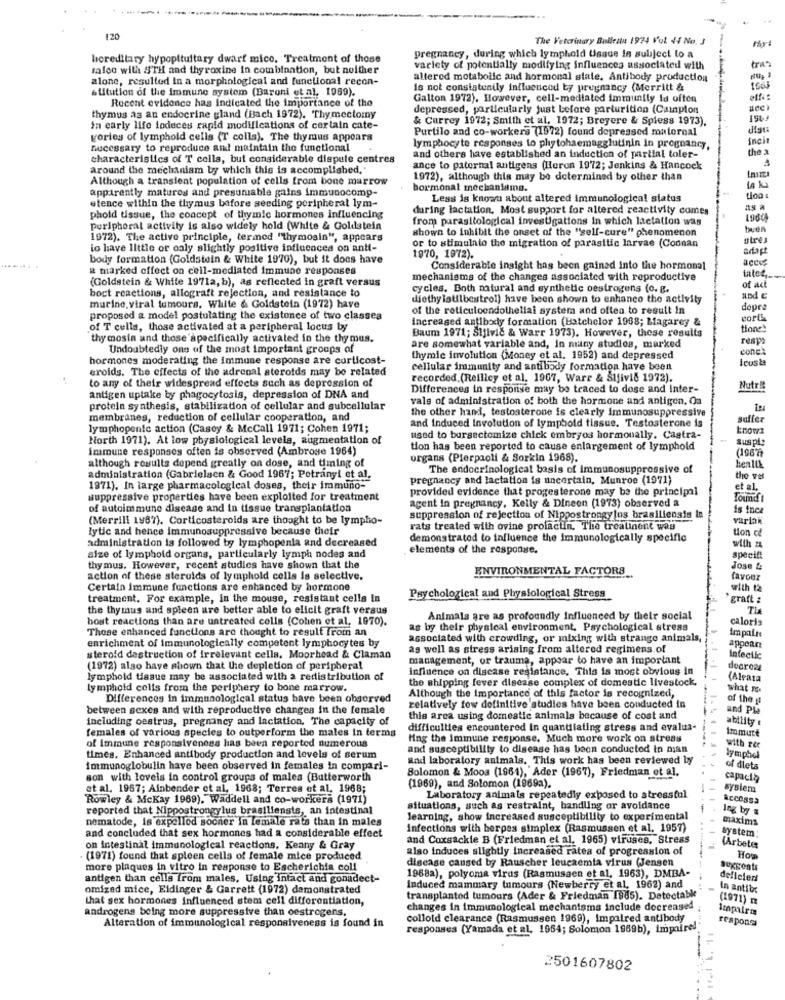
120
The Veterinary Bullesta 1974 Vol +4 No. J
hereditary hypopituitary dwarf mice. Treatment of those
pregnancy, during which lymphold Usase in subject to a
tran
talco with STH and thyroxine In combination, but neither
variety of potentially modifying influences associated with
alone, resulted in a morphological and functional recon-
altered metabolic and hormonal state. Antibody production
stitution of the immune system (Baroni et al, 1959).
Is not consistently influenced by pregnancy (Merritt &
Recent evidence has indicated the importance of the
Galton 1972). However, cell-mediated immunity fu offen
depressed, particularly just before parturition (Campion
thymus as an endocrine gland (Bach 1972). Thymectomy
& Currey 1972; Smith et al, 1972; Breyere & Spiess 1973),
in early life lodeces rapid modifications of certain cate-
Purtilo and co-workers (1972) found depressed maternal
disu
gories of lymphold cells (T colla). The thymus appears
inci
Bucessary to reproduce and maintain the functional
lymphocyte responses to phytohaemagglutinin in pregnancy,
the a
characteristics of T cells, but considerable dispute centres
and others have established an induction of partial toler-
around the mechaniam by which this is accomplished."
ance to paternal antigens (Horon 1972; Jenkins & Hancock
Although a transient population of cells from bone marrow
1972), although this may be determined by other than
apparently matures and presumiable gains immunocomp-
hormonal mechantama.
14
etence within the thymus before seeding peripheral lym-
Less is known about altered immunological status
tioa :
daring lactation, Most support for altered reactivity comes
phold tissue, the concept of thymic hormones influencing
from parasitological investigations in which lactation was
1960
Peripheral activity is also widely hold (White & Goldstein
shown to inhibit the onset of the "self-cure" phenomenon
buen
1972). The active principle, termed "thymosin", appears
otre
io have little or only slightly positive influencea on antt-
or to stimulnio the migration of parasitic larvae (Codnan
adapt
body formation (Goldstein & White 1970), but it does have
1970, 1972).
accu
a marked effect on cell-mediated immune responses
Considerable insight has been gained Into the hormonal
(Goldstein & White 1971a, b), as reflected in graft versus
mechanisms of the changes associated with reproductive
intes
boct reactions, allograft rejection, and resistance to
cycles. Both natural and synthetic oestrogens (o. g.
of act
diethylstilbestrol) have been shown to enhance the activity
and
murine, viral tumours. White & Goldstein (1972) have
of the reticuloendotheliai system and often to result in
dopra
proposed a model postulating the existence of two classes
increased antibody formation (Batchelor 1968; Lagarey &
corts
of T cells, those activated at a peripheral locus by
tione!
thy mosin and those specifically activated in the thymus.
Baum 1971; Sijivic & Warr 1973). However, these results
resps
Undoubtedly one of the most important groups of
are somewhat variable and, in many studios, marked
cones
hormones moderating the immune response are corticost-
thymic involution (Money et al. 1952) and depressed
eroids. The effects of the adrenal aterotds may be related
cellular immunity and antibody formation have been
to any of their widespread effects such as depression of
recorded. (Reilicy et al. 1907, Warr & Sijivil 1972).
Differences in response may be traced to dose and Inter-
Nutr!
antigen uptake by phagocytosis, depression of DNA and
vals of administration of both the hormone and antigen. Ou
protein synthesis, stabilization of cellular and subcellular
the other hand, testosterone is clearly immunosuppressive
membranes, reduction of cellular cooperation, and
and Induced Involution of lymphold tissue. Testosterone is
suffer
lymphopente action (Casoy & McCall 1971; Cohen 1971;
knows
North 1971). At low physiological levels, augmentation of
used to bursectomize chick embryos hormonally. Castra-
suspl:
immune responses often is observed (Ambrose 1964)
tion has been reported to cause enlargement of lymphold
although results depend greatly on dose, and timing of
organs (Pierpaoli & Sorkin 1968).
The endocrinological basis of immunosuppressive of
health
administration (Gabrielsen & Good 1967; Potranyt et al.
pregnancy and lactation is uncertain, Munroe (1971)
the vet
1971). In large pharmacological doses, their immuno-
provided evidence that progesterone may be the principal
et al.
suppressive properties have been exploited for treatment
agent in pregnancy, Kelly & Dineon (1973) observed a
Found !
of autoimmune disease and in tissue transplantation
is inca
(Merrill 1987). Corticosteroids are thought to be lympho-
suppression of rejection of Nippostrongylus brasiliensis in
varian
lytic and hence Immunosuppressive because their
rats treated with ovine prolactin, The treatinent was
Hon ce
administration is followed by lymphopenia and decreased
demonstrated to influence the immunologically specific
elements of the responare.
with z
size of lymphold organs, particularly lymph nodes and
specift
thy mus. However, recent studies have shown that the
ENVIRONMENTAL FACTORS
Jose 4:
action of these sterulds of lymphold cells is selective.
favour
Certain Immune functions are enhanced by hormone
with 12
treatment. For example, in the mouse, resistant cella In
Psychological and Physiological Stress
graft :
the thymus and spleen are better able to elicit graft versus
host reactions than are untreated cells (Cohen et al. 1970).
Animals are as profoundly Influenced by their social
caloris
These enhanced functions are thought to result from an
as by their physical environment, Psychological stress
impaire
associated with crowding, or mixing with strange animals,
enrichment of Immunologically competent lymphocytes by
as well as stress arising from altered regimens of
appear
steroid destruction of irrelevant cells. Moorhead & Claman
management, or trauma, appear to have an important
Infectlc
(1972) also have shown that the depletion of peripheral
influence on disease resistance, This is most obvious in
dearozs
lymphotd tissue may be associated with a redistribution of
the shipping fever disease complex of domestic livestock,
(Alrata
lymphold cells from the periphery to bone marrow.
Although the importance of this factor is recognized,
what r.
Differences in immunological status have been observed
of the y
between sexes and with reproductive changes in the female
relatively few definitive studies have been conducted in
and Ple
including oestrus, pregnancy and lactation. The capacity of
this area using domestic animals because of cost and
ability
females of various species to outperform the males In terms
difficulties encountered In quantilating stress and evalua-
Immure
of Immune responsiveness has been reported numerous
Hing the immune response. Much more work on stress
with ree
and susceptibility to disease has been conducted in man
times, Enhanced antibody production and levels of serum
and laboratory animals. This work has been reviewed by
lymphol
Immunoglobulin have been observed in females in compari-
of dlets
son with loveis in control groups of males (Butterworth
Solomon & Mooa (1961), Ader (1967), Friedman et al.
capacia
et al. 1967; Ainbender et al. 1968; Terres et al, 1968;
(1969), and Solomon (1969a).
--
system
Rowley & Mckay 1969). Waddell and co-workers (1971)
Laboratory animals repeatedly exposed to stresstal
Access3
reported that Nippostrongylus brasiliensis, an intestinal
situations, such as restraint, handling or avoidance
Ing by .
nematode, is expelled sooner in female rats than in males
learning, show increased susceptibility to experimental
maxims
Infections with herpes simplex (Rasmussen et al. 1957)
system:
and concluded that sex hormones had a considerable effect
and Coxsackie B (Friedman et al. 1965) viruses. Stress
on intestinal immunological reactions. Kenny & Gray
also induces slightly increased rates of progression of
(Arbete
(1971) found that spleen cells of female mice produced
disease caused by Rauscher leucaemia virus (Jensen
How
more plaques in vitro in response to Escherichia coli
antigen than cella from males, Using intact and gonadect-
1968a), polyoma virus (Rasmussen et al, 1963), DMBA-
defleled
omized mice, Eidinger & Garrett (1972) demonstrated
Induced mammary tumours (Newberry et al, 1962) and
In antib:
that sex hormones influenced stem cell differentiation,
transplantod tumours (Ader & Friedman 1985). Detectable
(1971) m
androgens being more suppressive than oestrogens.
changes in immunological mechanisms include decreased
Impaires
Alteration of immunological responsiveness is found in
collotd clearance (Rasmussen 1969), Impaired antibody
respons
responses (Yamada et al. 1964; Solomon 1969b), impaired
2501607802